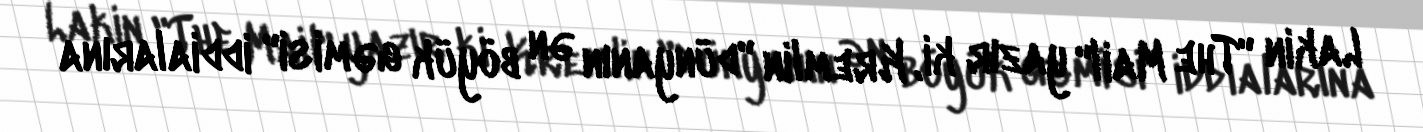
Lakin "The Mail" yazır ki, Kremlin "dünyanın ən böyük gəmisi" iddialarına